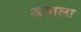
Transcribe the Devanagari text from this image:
अयाला